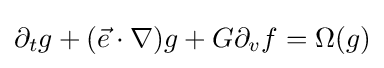
\partial _{t}g+({\vec {e}}\cdot \nabla )g+G\partial _{v}f=\Omega (g)